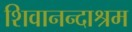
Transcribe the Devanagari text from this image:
शिवानन्दाश्रम